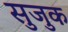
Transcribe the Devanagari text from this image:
सुजुक